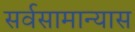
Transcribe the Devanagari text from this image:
सर्वसामान्यास